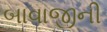
બાવાજીની